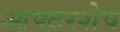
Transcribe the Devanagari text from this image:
आफ्टरशेव